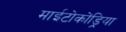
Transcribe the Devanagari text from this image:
माईटोकोंड्रिया